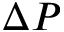
\Delta P